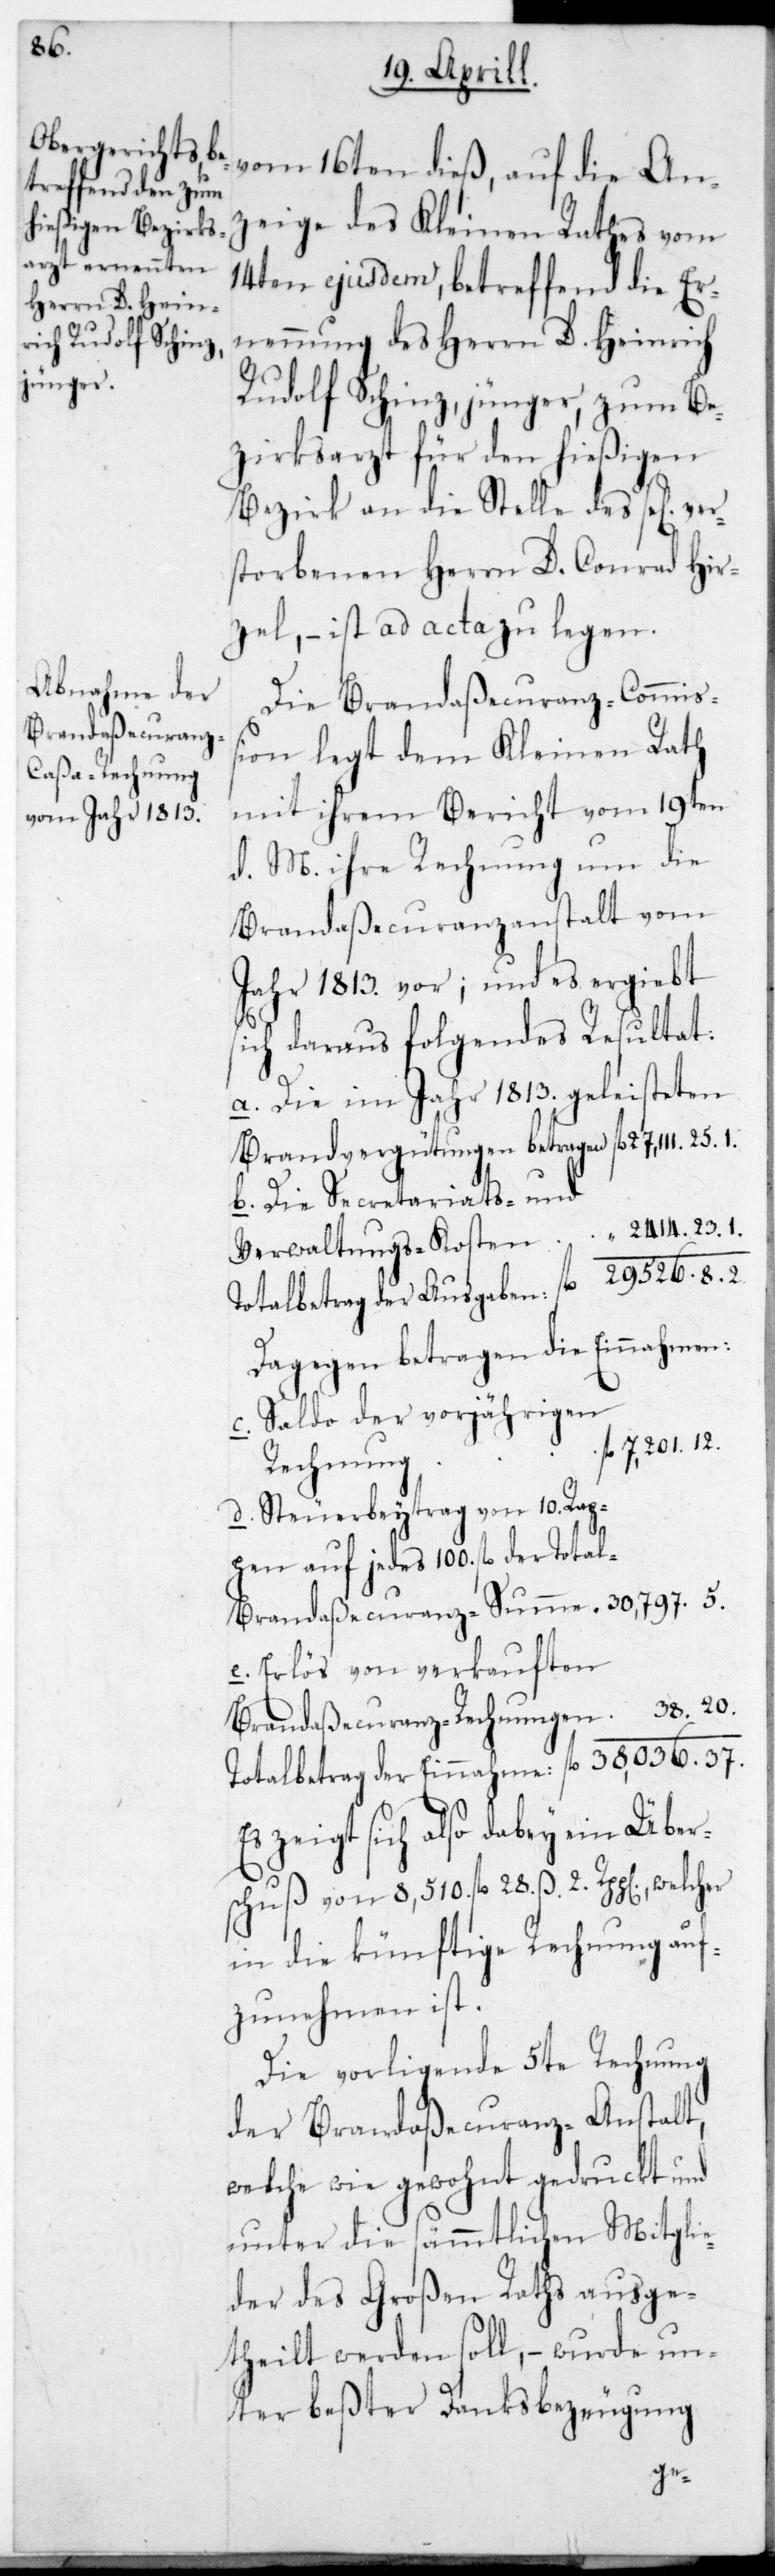
Tota¬

vom 16ten dieß, auf die An¬
zeige des Kleinen Raths vom
14ten ejusdem, betreffend die Er¬
nennung des Herrn D. Heinrich
Rudolf Schinz jünger, zum Be¬
zirksarzt für den hießigen
Bezirk an die Stelle des se[lig]
storbenen Herrn D. Conrad Hir¬
zel, – ist ad acta zu legen.
Die Brandaßecuranz-Commiß¬
ion legt dem Kleinen Rath
mit ihrem Bericht vom 19ten
d. M. ihre Rechnung um die
Brandaßecuranzanstalt vom
Jahr 1813. vor; und es ergibt
sich daraus folgendes Resultat:
a. Die im Jahr 1813. geleisteten
Brandvergütungen betragen fl. 27,111. 25. 1.
b. Die Secretariats- und
Verwaltungs-Kosten	 “ 2414. 23. 1.
Totalbetrag der Ausgaben	 “ 29,526. 8. 2.
Dagegen betragen die Einnahmen:
c. Saldo der vorjährigen
fl. 201. 12.
Rechnung
d. Steuerbeytrag von 10. Rap¬
pen auf jedes 100. fl. der
l-Brandaßecuranz-Summe	 “ 30,797. 5.
e. Erlös von verkauften
Brandaßecuranz-Rechnungen	 “ 38. 20.
Totalbetrag der Einnahme : 	fl. 8,036. 37.
Es zeigt sich also dabey ein Über¬
schuß von 8510. fl. 28. ß 2. Rpp[en].,
in die künftige Rechnung auf¬
zunehmen ist.
Die vorligende 5te Rechnung
der Brandaßecuranz-Anstalt,
welche wie gewohnt gedruckt und
unter die sämmtlichen Mitglie¬
der des Großen Raths ausge¬
theilt werden soll, – wurde un¬
ter beßter Danksbezeugung
ver¬